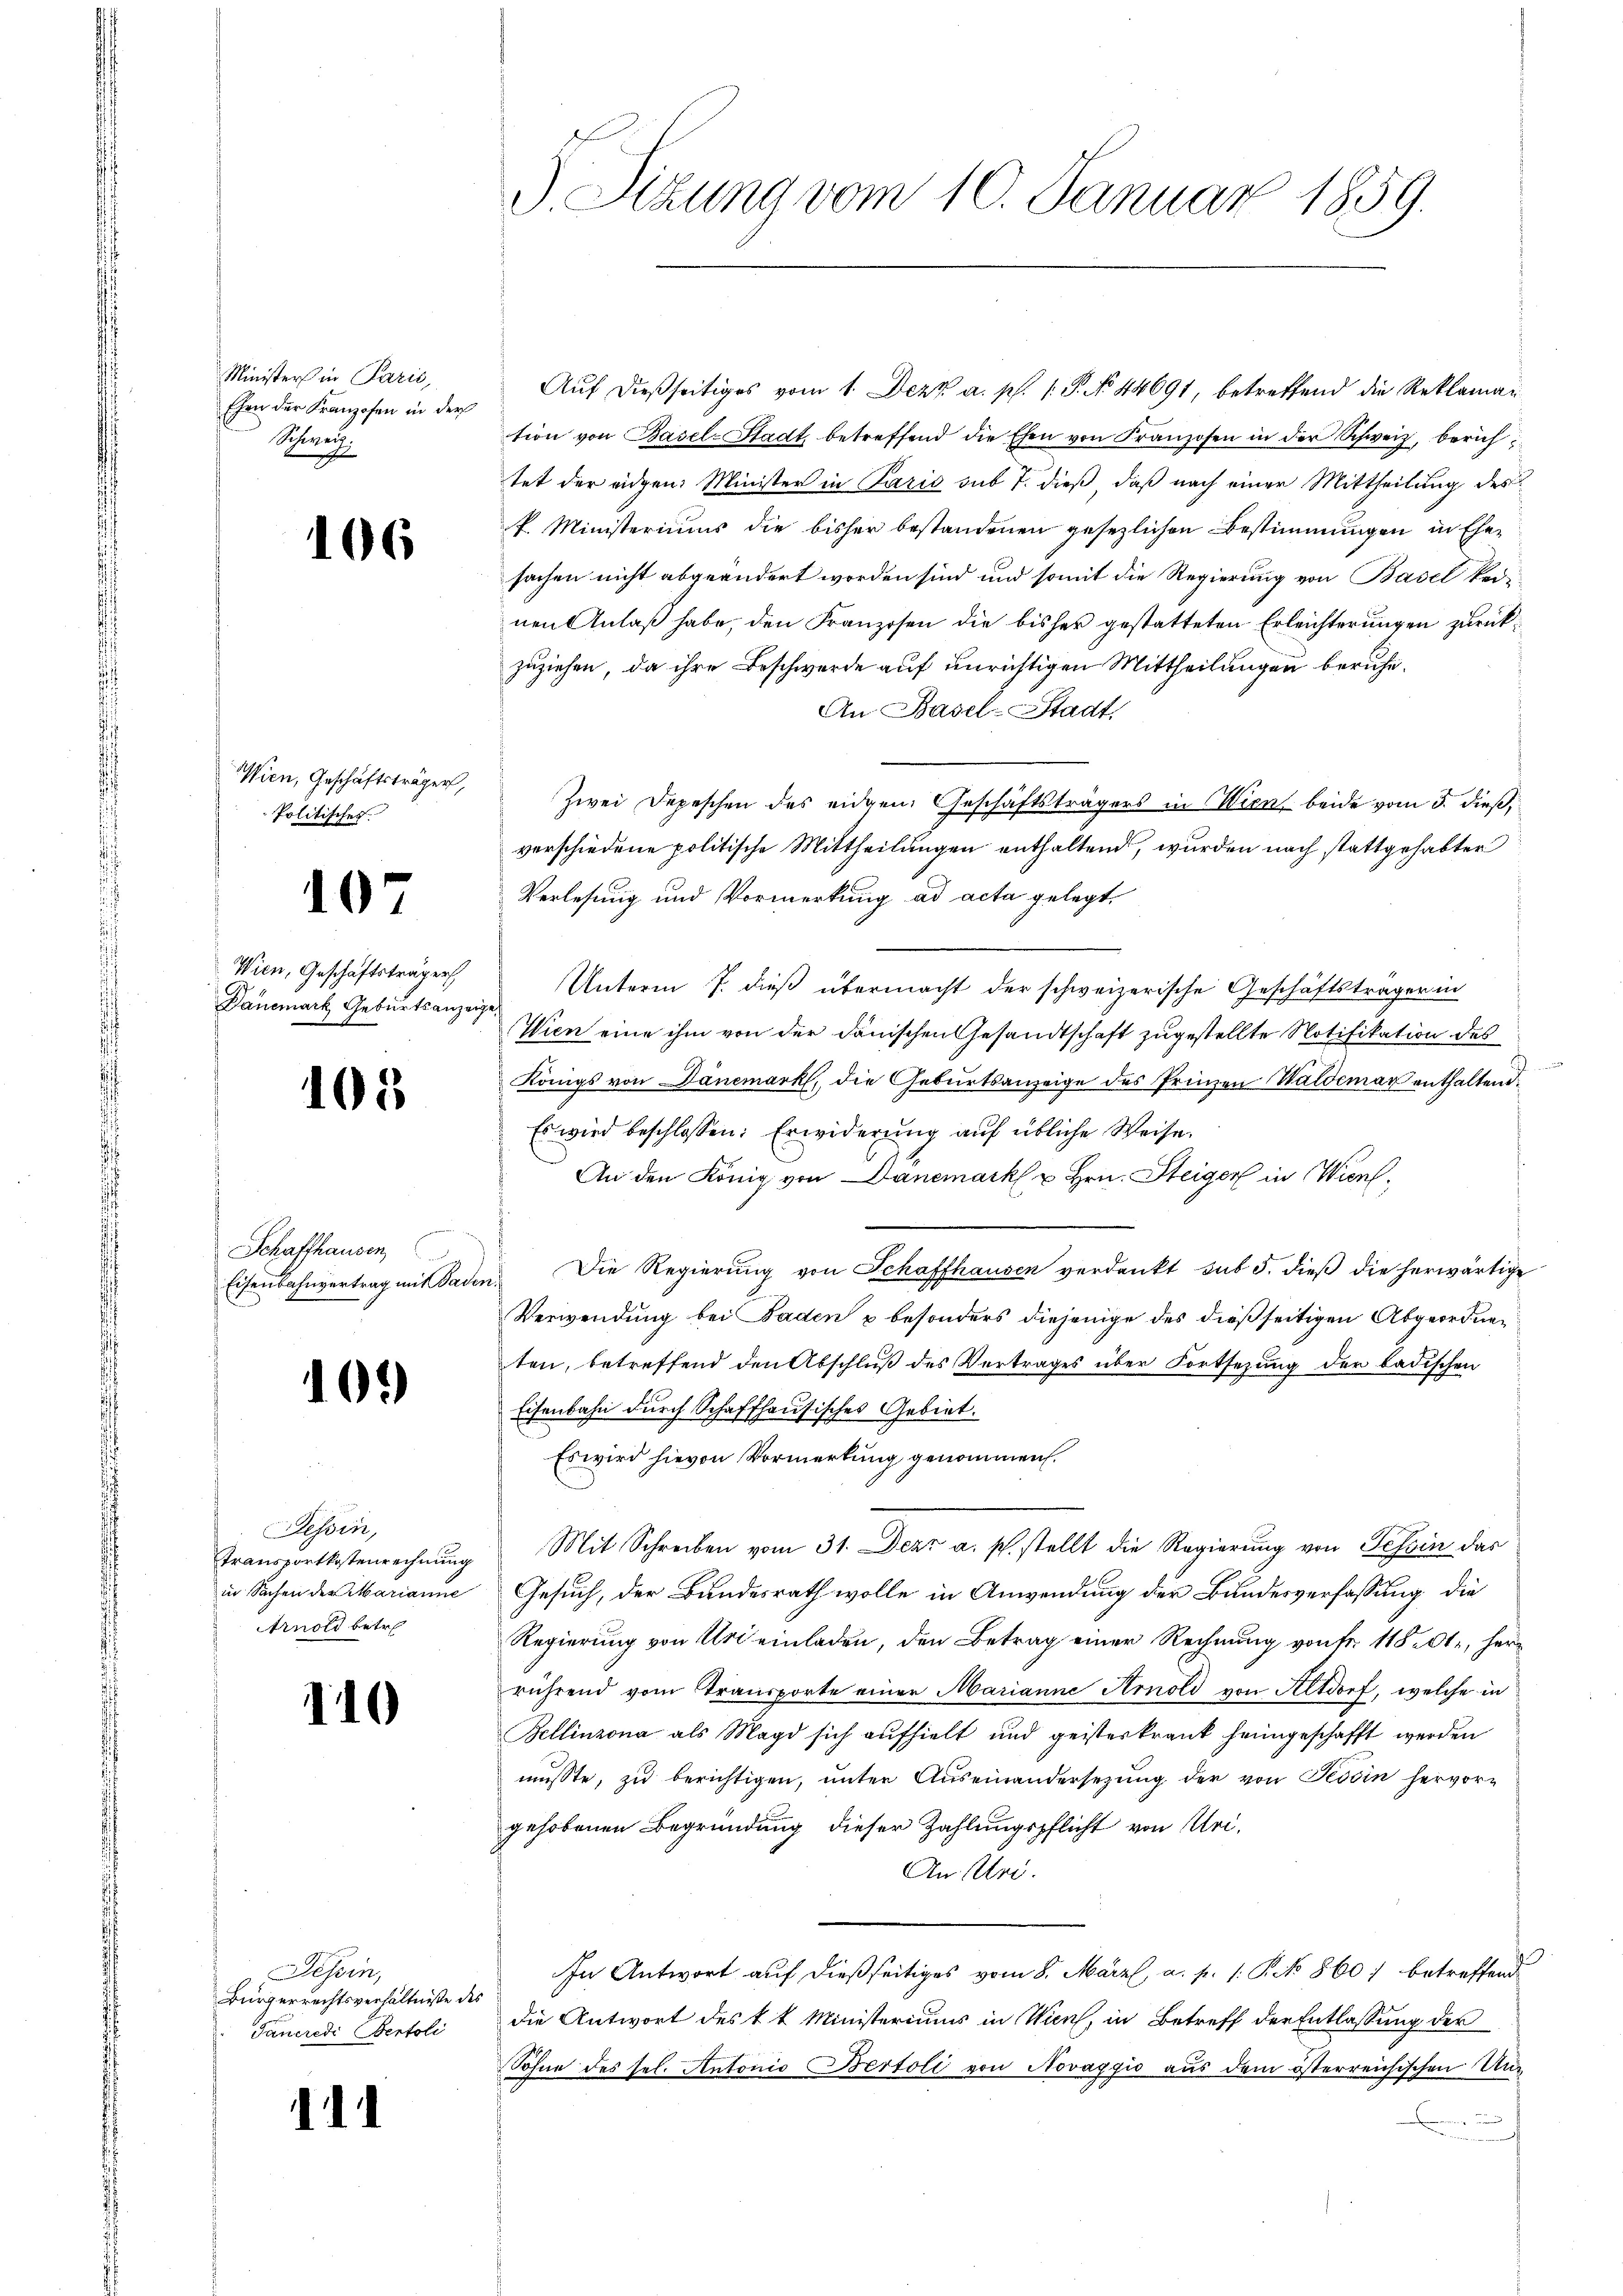
Minister in Paris,
Ehen der Franzosen in der
Schweiz.
2

106

Politisches
107
Wien, Geschäftsträger
Danemark Geburtsanzeige,

105

Schaffhausen,
Eisenbahnvertrag mit Baden.

102)

Tessin,
Arnold betr

110

Tessin,
Bürgerrechtsverhältniße des
Taucredi Bertoli

11

Auf dießseitiges vom 1. Dez. a. p. 1. P. No 44691, betreffend die Reklamantion von Basel-Stadt, betreffend die Ehen von Franzosen in der Schweiz, berichtet der eidgen: Minister in Paris sub 7. dieß, daß nach einer Mittheilung des
k. Ministeriums die bisher bestandenen gesezlichen Bestimmungen in Ehe-
sachen nicht abgeändert worden sind und somit die Regierung von Basel kei-
nen Anlaß habe, den Franzosen die bisher gestatteten Erleichterungen zurückzuziehen, da ihre Beschwerde auf unrichtigen Mittheilungen beruhe¬
An Basel-Stadt
Wien, Geschäftsträger Zwei Depeschen des eidgen. Geschäftsträgers in Wien beide vom 3. dieß,
verschiedene politische Mittheilungen enthaltend, wurden nach stattgehabter
Verlesung und Vormerkung ad acta gelegt,
Unterm 7. dieß übermacht der schweizerische Geschäftsträger in
Wien eine ihm von der dänischen Gesandtschaft zugestellte Notifikation des

Königs von Dänemark, die Geburtsanzeige des Prinzen Waldemar enthaltend
Es wird beschlossen: Erwiderung auf übliche Weise
An den König von Dänemark u Hrn. Steiger in Wien¬
Die Regierŭng von Schaffhausen verdankt sub 5. dieβ die herwärtige
Verwendung bei Faden u besonders diejenige des dießseitigen Abgeordnen
ten, betreffend den Abschluß des Vertrages über Fortsetzung der badischen
Eisenbahn durch Schaffhausisches Gebiet.
Es wird hievon Vormerkung genommen.
Transportkostenrechnŭng Mit Schreiben vom 31. Dezz a. s. stellt die Regierung von Tessin das
in Sachen der Marianne Gesuch, der Bundesrath wolle in Anwendung der Bundesverfassung die
Regierung von Uri einladen, den Betrag einer Rechnung von fr. 11801, herrührend vom Transporte einer Marianne Arnold von Altdorf, welche in
Bellinzona als Magd sich aufhielt und geisteskrank heimgeschafft werden
musste, zu berichtigen, unter Auseinandersezung der von Tessin hervorgehobenen Begründung dieser Zahlungspflicht von Mei¬
An sei.
In Antwort auf dießseitiges vom 8. März a. p. 1. P. No 860 betreffend
die Antwort des 1 t Ministeriums in Wien, in Betreff der Entlassung der
Sohne des sel. Antonio Bertoli von Novaggio aus dem österreichischen Un¬

Sizung vom 10. Januar 1859.